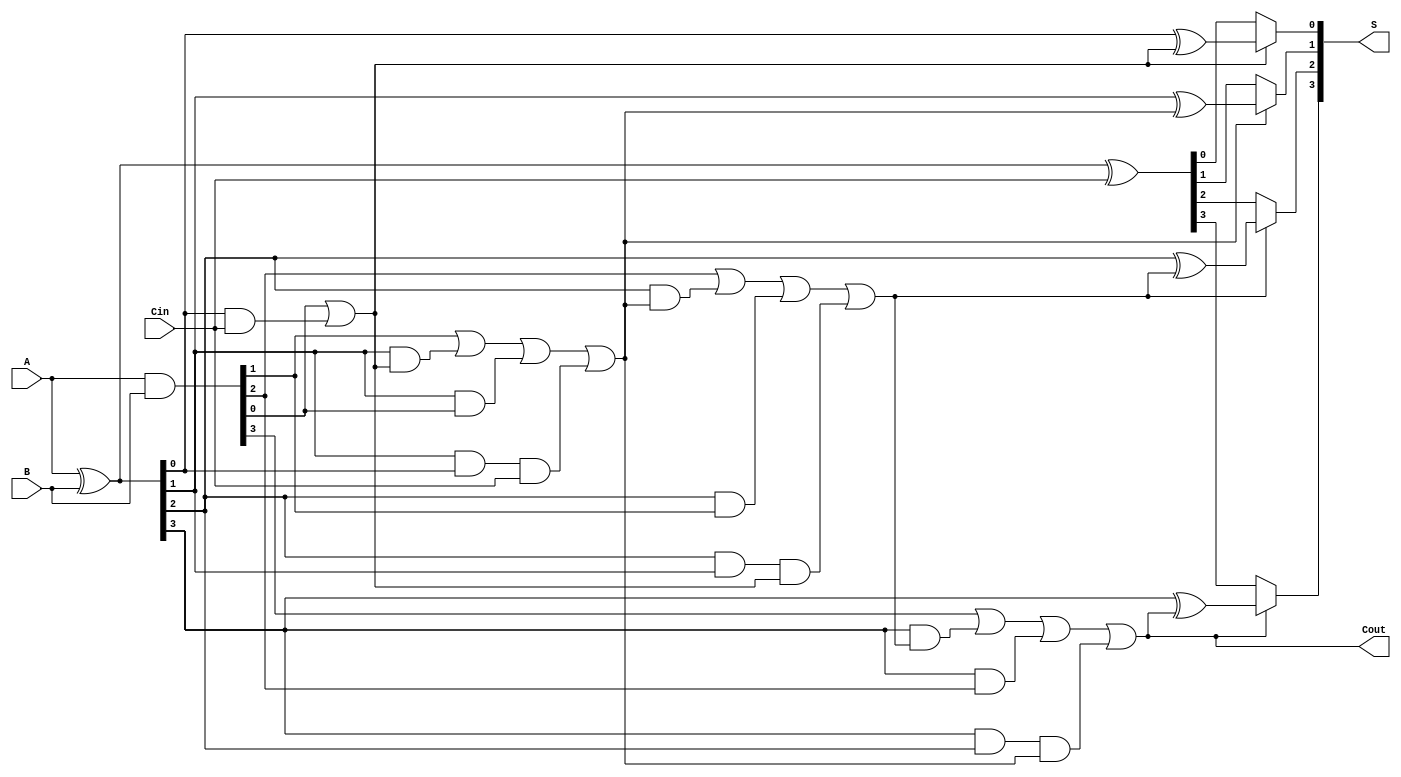
module ConditionalSumAdder #(
    parameter N = 4 // Width of the adder (number of bits)
)(
    input  [N-1:0] A,      // First n-bit input
    input  [N-1:0] B,      // Second n-bit input
    input         Cin,      // Carry-in
    output [N-1:0] S,      // n-bit sum output
    output        Cout      // Carry-out
);

    wire [N-1:0] G; // Generate signals
    wire [N-1:0] P; // Propagate signals
    wire [N:0] C;    // Carry signals (C[0] = Cin)

    // Generate and Propagate Logic
    assign G = A & B;         // Generate (Gi = Ai AND Bi)
    assign P = A ^ B;         // Propagate (Pi = Ai XOR Bi)

    // Carry Calculation
    assign C[0] = Cin; // Initial carry-in
    genvar i;
    generate
        for (i = 0; i < N; i = i + 1) begin : carry_calc
            if (i == 0) begin
                assign C[i+1] = G[i] | (P[i] & C[i]); // C1
            end else begin
                assign C[i+1] = G[i] | (P[i] & C[i]) | (P[i] & G[i-1]) | (P[i] & P[i-1] & C[i-1]); // C2, C3, ...
            end
        end
    endgenerate

    // Conditional Sum Calculation
    wire [N-1:0] S0; // S0 = P XOR Cin
    wire [N-1:0] S1; // S1 = P XOR C1
    wire [N-1:0] S2; // S2 = P XOR C2
    // ... More S signals can be added as needed

    assign S0 = P ^ Cin; // S0 calculation
    generate
        for (i = 0; i < N; i = i + 1) begin : sum_calc
            assign S[i] = (C[i+1] ? (P[i] ^ C[i+1]) : S0[i]); // Select final sum based on carry
        end
    endgenerate

    // Final Carry-Out
    assign Cout = C[N]; // Final carry-out

endmodule